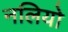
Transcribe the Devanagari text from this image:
नलियो